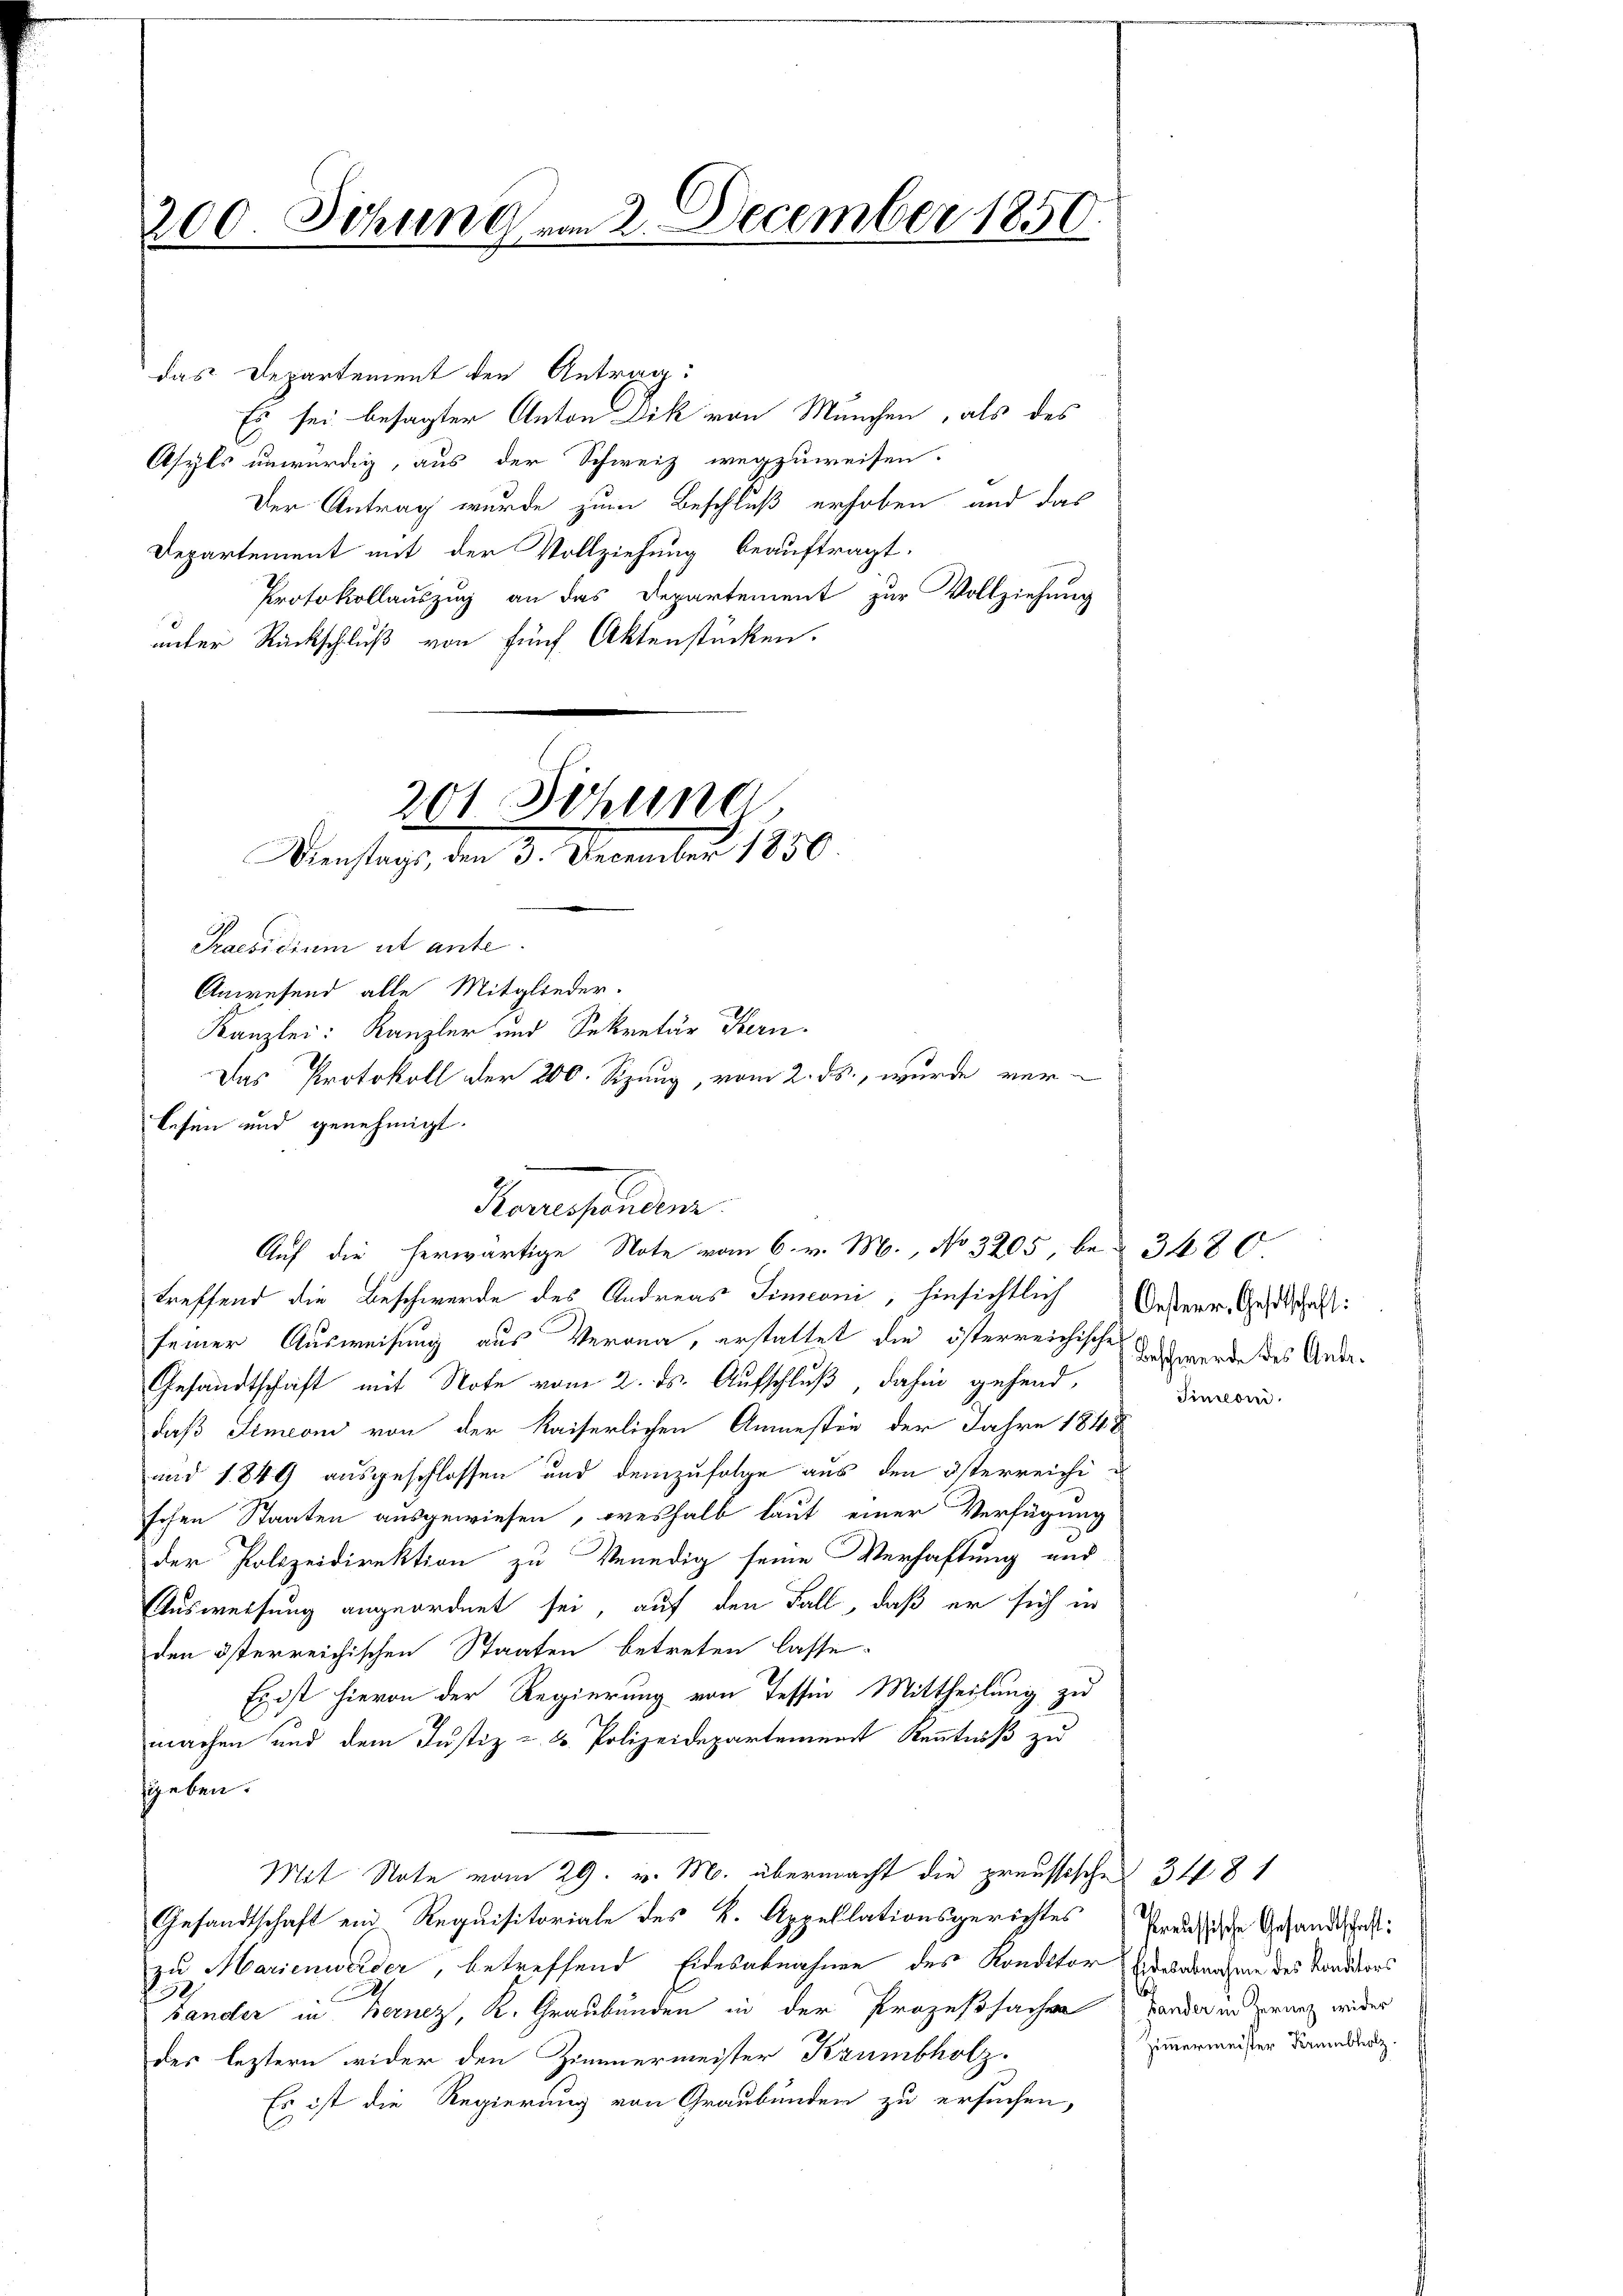
200. Sitzung vom 2. December 1850.

das Departement den Antrag:
Es sei besagter Anton Dik von München, als des
Asyls unwürdig, aus der Schweiz wegzuweisen.
Der Antrag wurde zum Beschluß erhoben und das
Departement mit der Vollziehung beauftragt.
Protokollauszug an das Departement zur Vollziehung
unter Rückschluß von fünf Aktenstücken.

201 Sitzung
Dienstag, den 3. December 1850

Praesidium et ante.
Anwesend alle Mitglieder.
lesen und genehmigt.
treffend die Beschwerde des Andreas Simeoni, hinsichtlich Oesterr. Gestschaft:
seiner Ausweisung aus Verona, erstattet die österreichische
Gesandtschaft mit Note vom 2. ds. Aufschluß, dahin gehend,
daß Simeoni von der Kaiserlichen Anmesten der Jahre 1848
und 1849 ausgeschlossen und demzufolge aus den österreichi u
schen Staaten ausgewiesen, weshalb laut einer Verfügung
der Polizeidirektion zu Venedig seine Verhaftung und
Ausweisung angeordnet sei, auf den Fall, daß er sich in
den österreichischen Staaten betreten lasse.
Es ist hievon der Regierung von Tessin Mittheilung zu
machen und dem Justiz- & Polizeidepartement Kenntniß zu
geben.
Mit Note vom 29. v. M. übermacht die preussisches 3 ff. 81
Gesandtschaft ein Requisitoriale des k. Appellationsgerichtes
zu Marienwerder, betreffend Eidesabnahme des Konditor Ergebungen des Konditors

Lander in Bernez, K. Graubünden in der Prozeßsachen Lander inderenz wieder
des leztern wider den Zimmermeister Krumbholz.
Es ist die Regierung von Graubünden zu ersuchen,

Kanzlei: Kanzler und Sekretär Hern.
Das Protokoll der 200. Sizung, vom 2. ds., wurde ver-

Roversenden
Auf die herwärtige Note vom 6. v. M., No 3205 be- 3480.

Beschwerde des Andr.
Finslor.

Preussische Gesandtschaft:
Zimmermeister Krembholz.